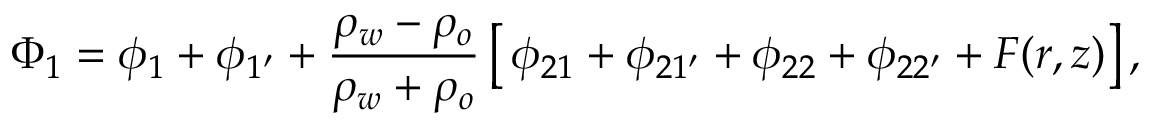
\Phi _ { 1 } = \phi _ { 1 } + \phi _ { 1 ^ { \prime } } + \frac { \rho _ { w } - \rho _ { o } } { \rho _ { w } + \rho _ { o } } \left[ \, \phi _ { 2 1 } + \phi _ { 2 1 ^ { \prime } } + \phi _ { 2 2 } + \phi _ { 2 2 ^ { \prime } } + F ( r , z ) \right] ,